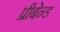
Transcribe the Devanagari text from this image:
प्रीबेन्ड